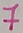
Text: 7